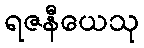
ရဇနီယေသု